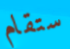
ستقام